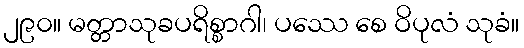
၂၉၀။ မတ္တာသုခပရိစ္စာဂါ၊ ပဿေ စေ ဝိပုလံ သုခံ။